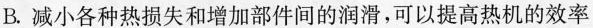
B.减小各种热损失和增加部件间的润滑，可以提高热机的效率